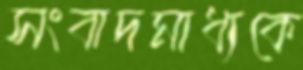
সংবাদমাধ্যকে